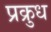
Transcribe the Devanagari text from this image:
प्रक्रुध